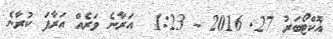
އޮކްޓޯބަރު 27